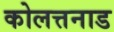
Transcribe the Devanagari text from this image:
कोलत्तनाड